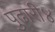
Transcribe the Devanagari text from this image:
पुढारी४